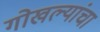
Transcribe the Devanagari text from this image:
गोखल्यांचा